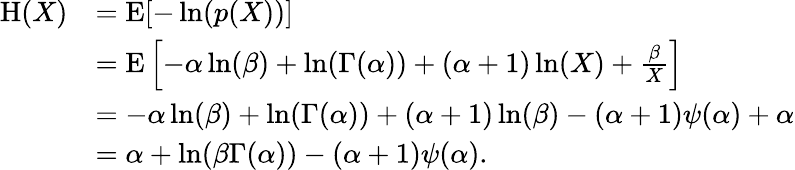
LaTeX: {\begin{array}{rl}{\operatorname{H}(X)}&{=\operatorname{E}[-\ln(p(X))]}\\ &{=\operatorname{E}\left[-\alpha\ln(\beta)+\ln(\Gamma(\alpha))+(\alpha+1)\ln(X)+{\frac{\beta}{X}}\right]}\\ &{=-\alpha\ln(\beta)+\ln(\Gamma(\alpha))+(\alpha+1)\ln(\beta)-(\alpha+1)\psi(\alpha)+\alpha}\\ &{=\alpha+\ln(\beta\Gamma(\alpha))-(\alpha+1)\psi(\alpha).}\end{array}}